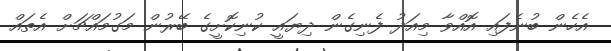
އެހެން ބުނެފައި އޮއްވާ މިއަދު ފެނިގެން ދިޔައީ ކުނިކޮށީގެ ބޭރުން މަގުމައްޗަށް އެތައް